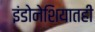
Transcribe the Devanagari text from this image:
इंडोनेशियातही